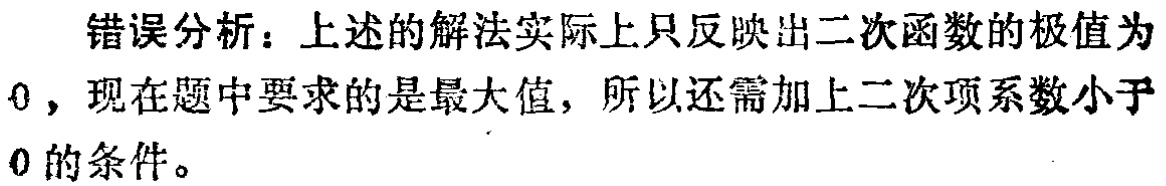
错误分析：上述的解法实际上只反映出二次函数的极值为
0，现在题中要求的是最大值，所以还需加上二次项系数小于
0 的条件。